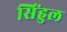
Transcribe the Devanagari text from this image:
सिंहुल